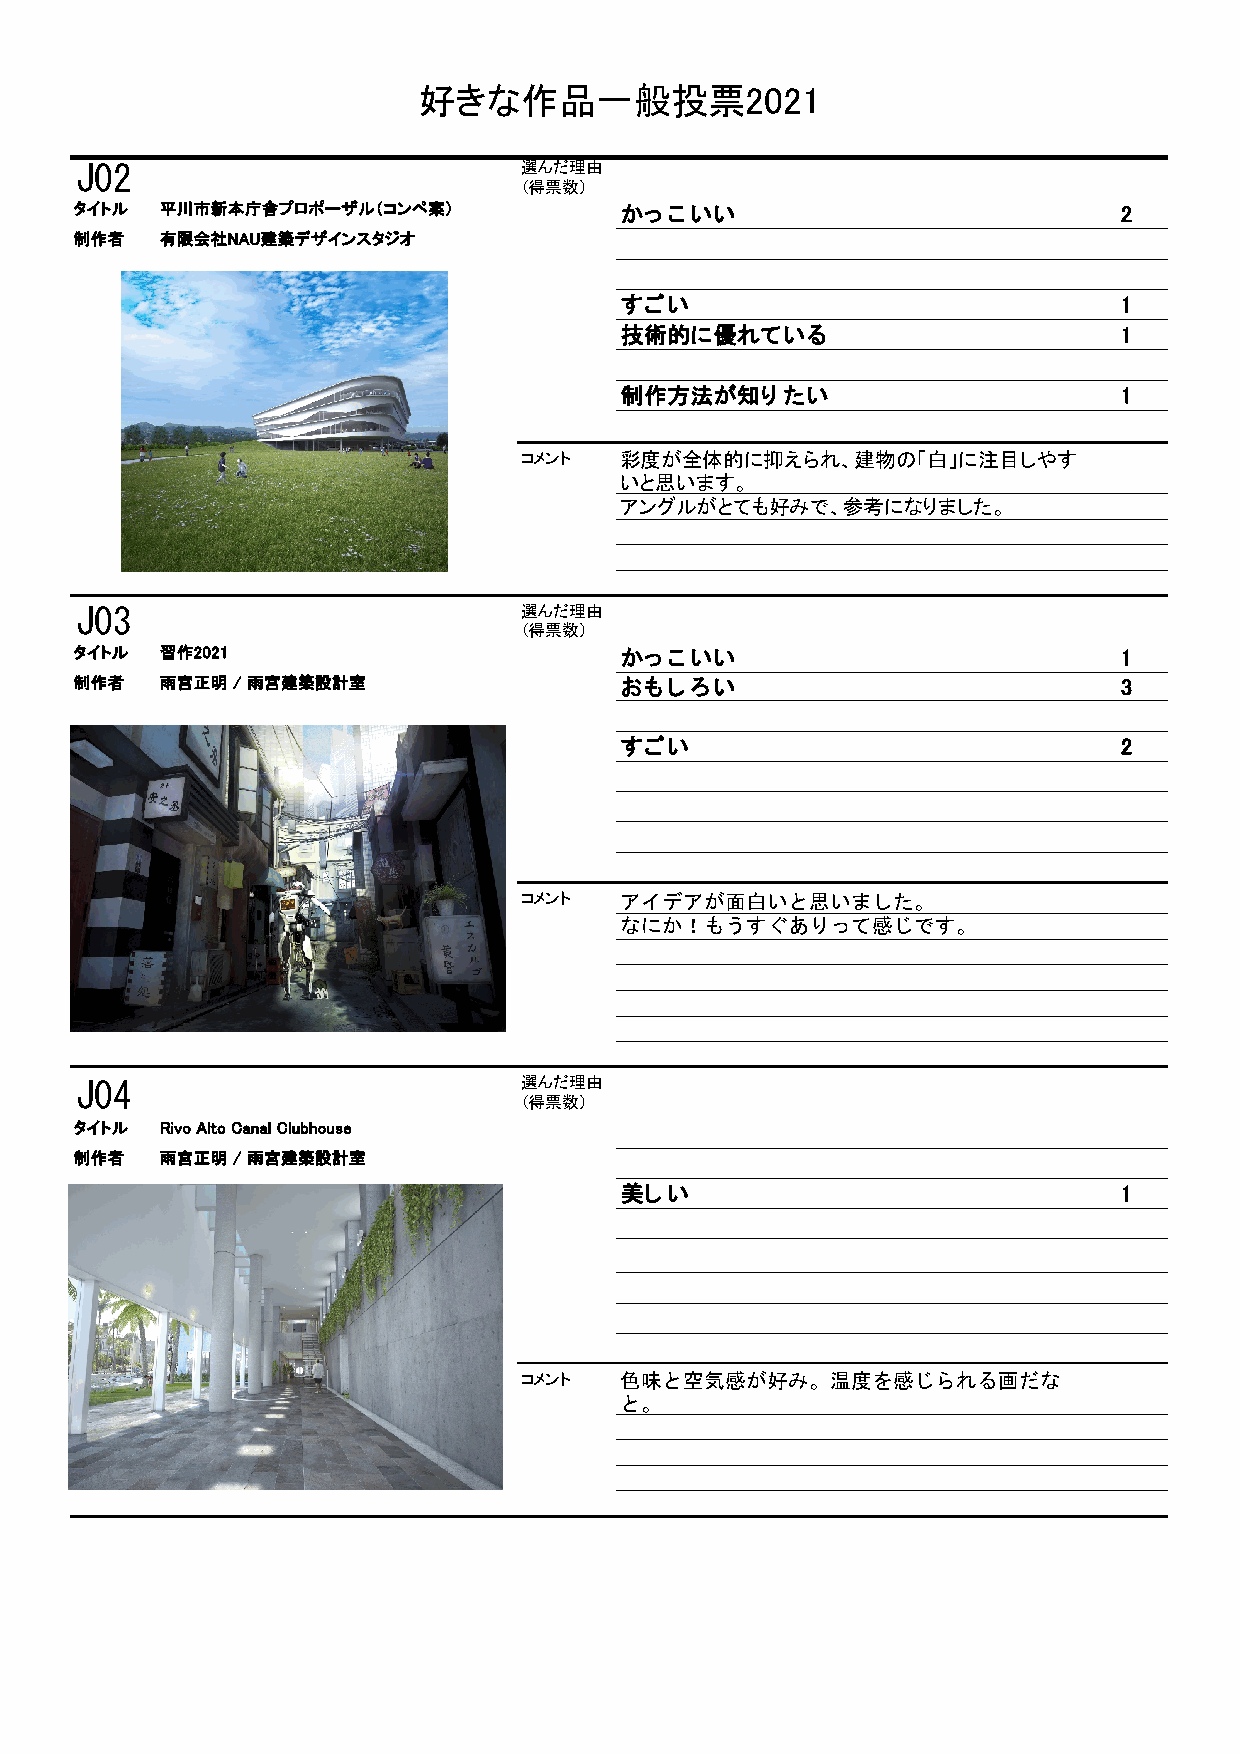
好きな作品一般投票2021
 J02                           選んだ理由
 （得票数）
 タイトル  平川市新本庁舎プロポーザル（コンペ案）           かっこいい                            2
 制作者   有限会社NAU建築デザインスタジオ
 すごい                              1
 技術的に優れている                        1
 制作方法が知りたい                        1
 コメント  彩度が全体的に抑えられ、建物の「白」に注目しやす
 いと思います。
 アングルがとても好みで、参考になりました。
 J03                           選んだ理由
 （得票数）
 タイトル  習作2021                        かっこいい                            1
 制作者   雨宮正明 / 雨宮建築設計室                おもしろい                            3
 すごい                              2
 コメント  アイデアが面白いと思いました。
 なにか！もうすぐありって感じです。
 J04                           選んだ理由
 （得票数）
 タイトル  Rivo Alto Canal Clubhouse
 制作者   雨宮正明 / 雨宮建築設計室
 美しい                              1
 コメント  色味と空気感が好み。温度を感じられる画だな
 と。